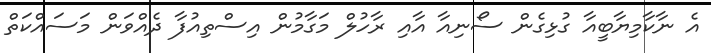
އެ ނާކާމިޔާބީއާ ގުޅިގެން ސޯނިއާ އާއި ރާހުލް މަގާމުން އިސްތިއުފާ ދެއްވަން މަސައްކަތް